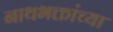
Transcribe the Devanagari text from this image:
नाथभक्तांच्या